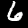
Digit: 6